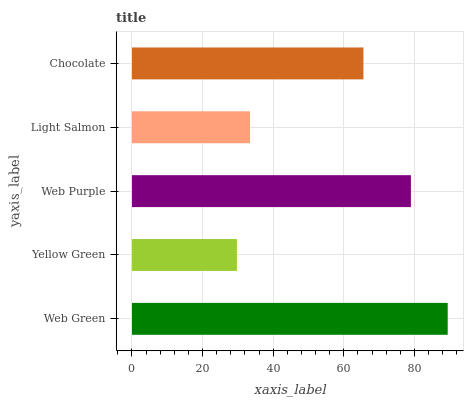
| yaxis_label | bars |
 | --- | --- |
 | Web Green | 89.4 |
 | Yellow Green | 29.7 |
 | Web Purple | 79 |
 | Light Salmon | 33.4 |
 | Chocolate | 65.5 |